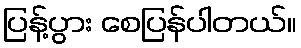
ပြန့်ပွား စေပြန်ပါတယ်။